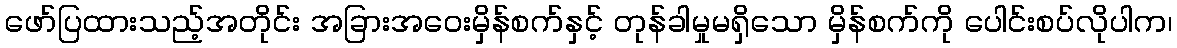
ဖော်ပြထားသည့်အတိုင်း အခြားအဝေးမှိန်စက်နှင့် တုန်ခါမှုမရှိသော မှိန်စက်ကို ပေါင်းစပ်လိုပါက၊